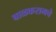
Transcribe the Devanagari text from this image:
बाळकरामचे